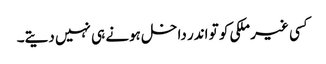
کسی غیر ملکی کو تو اندر داخل ہونے ہی نہیں دیتے۔